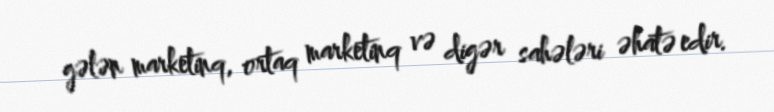
gələn marketinq, ortaq marketinq və digər sahələri əhatə edir.